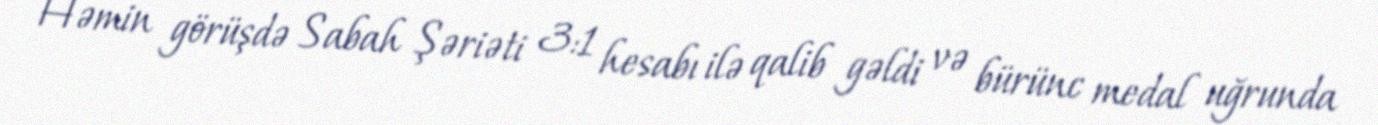
Həmin görüşdə Sabah Şəriəti 3:1 hesabı ilə qalib gəldi və bürünc medal uğrunda